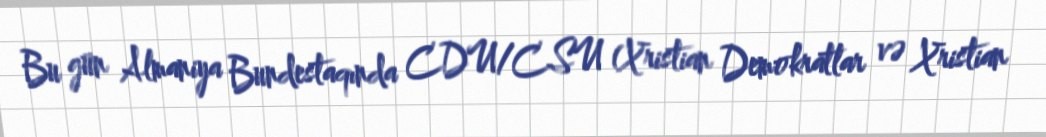
Bu gün Almaniya Bundestaqında CDU/CSU (Xristian Demokratlar və Xristian